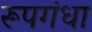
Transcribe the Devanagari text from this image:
रूपगंधा